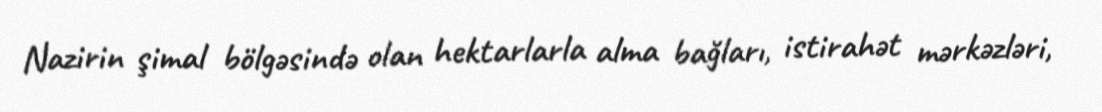
Nazirin şimal bölgəsində olan hektarlarla alma bağları, istirahət mərkəzləri,